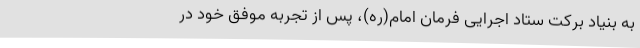
به بنیاد برکت ستاد اجرایی فرمان امام(ره)، پس از تجربه موفق خود در